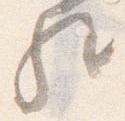
歟